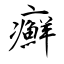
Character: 癬